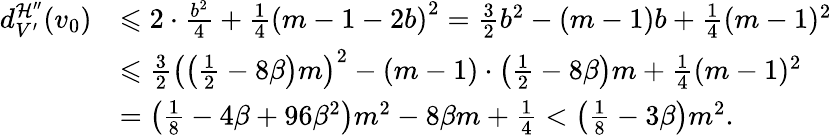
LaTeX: \begin{array}{rl}{d_{V^{\prime}}^{\mathcal{H}^{\prime\prime}}(v_{0})}&{\leqslant 2\cdot\frac{b^{2}}{4}+\frac{1}{4}\left(m-1-2b\right)^{2}=\frac{3}{2}b^{2}-(m-1)b+\frac{1}{4}(m-1)^{2}}\\ &{\leqslant\frac{3}{2}\left(\left(\frac{1}{2}-8\beta\right)m\right)^{2}-(m-1)\cdot\left(\frac{1}{2}-8\beta\right)m+\frac{1}{4}(m-1)^{2}}\\ &{=\left(\frac{1}{8}-4\beta+96\beta^{2}\right)m^{2}-8\beta m+\frac{1}{4}<\left(\frac{1}{8}-3\beta\right)m^{2}.}\end{array}